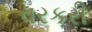
વરકરી